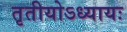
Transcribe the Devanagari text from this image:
तृतीयोऽध्यायः